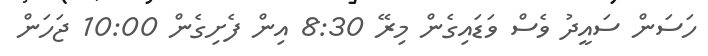
ހަސަން ސައީދު ވެސް ވަޑައިގެން މިރޭ 8:30 އިން ފެށިގެން 10:00 ޖަހަން